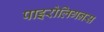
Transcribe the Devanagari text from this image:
पाइरोलिगनस